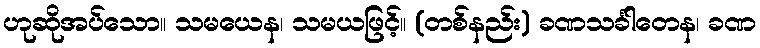
ဟုဆိုအပ်သော။ သမယေန၊ သမယဖြင့်။ (တစ်နည်း) ခဏသင်္ခါတေန၊ ခဏ